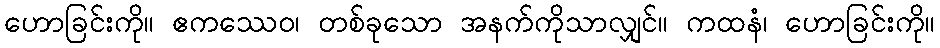
ဟောခြင်းကို။ ဧကဿေဝ၊ တစ်ခုသော အနက်ကိုသာလျှင်။ ကထနံ၊ ဟောခြင်းကို။